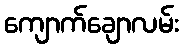
ကျောက်ချောလမ်း